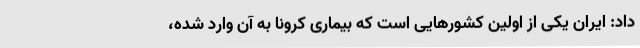
داد: ایران یکی از اولین کشورهایی است که بیماری کرونا به آن وارد شده،